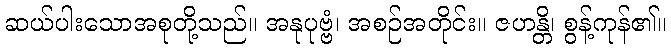
ဆယ်ပါးသောအစုတို့သည်။ အနုပုဗ္ဗံ၊ အစဉ်အတိုင်း။ ဇဟန္တိ၊ စွန့်ကုန်၏။